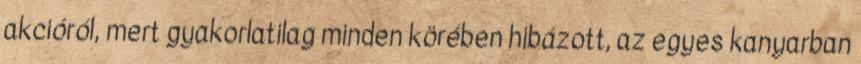
akcióról, mert gyakorlatilag minden körében hibázott, az egyes kanyarban